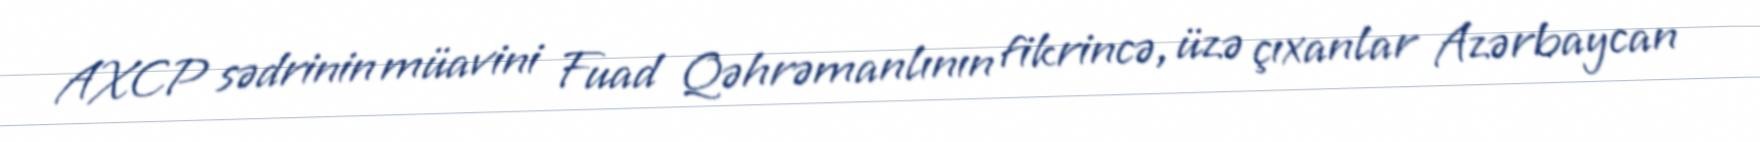
AXCP sədrinin müavini Fuad Qəhrəmanlının fikrincə, üzə çıxanlar Azərbaycan